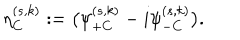
\eta _ { C } ^ { ( s , k ) } : = \bigl ( \psi _ { + C } ^ { ( s , k ) } - i \psi _ { - C } ^ { ( s , k ) } \bigr ) .